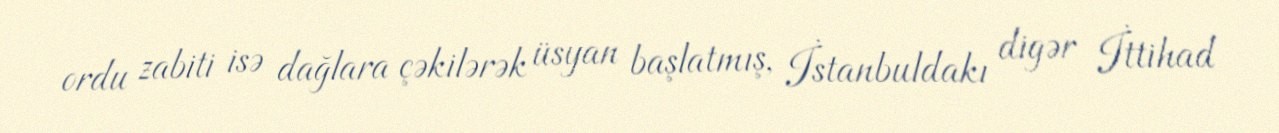
ordu zabiti isə dağlara çəkilərək üsyan başlatmış, İstanbuldakı digər İttihad